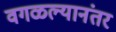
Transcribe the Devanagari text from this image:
वगळल्यानंतर